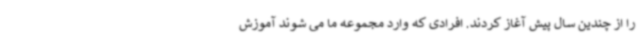
را از چندین سال پیش آغاز کردند. افرادی که وارد مجموعه ما می شوند آموزش